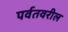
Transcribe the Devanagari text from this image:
पर्वतवरील